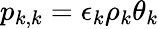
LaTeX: p_{k,k}=\epsilon_{k}\rho_{k}\theta_{k}